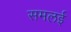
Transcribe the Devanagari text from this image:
समलई